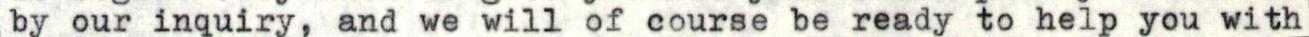
by our inquiry, and we will of course be ready to help you with